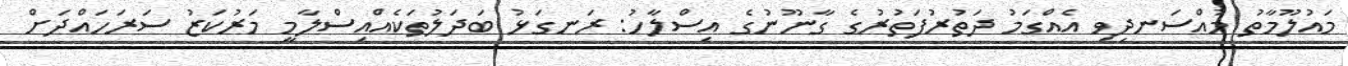
މައުލޫމާތު މުއްސަނދިވި އެއްގަމު ދަތުރުފަތުރުގެ ގާނޫނުގެ އިސްލާހު: ރަނގަޅު ބަދަލުތަކެއްއިސްލާމީ މަރުކަޒު ސަރަހައްދަށް